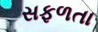
સફળતા